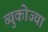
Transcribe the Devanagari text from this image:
व्युकोज्या